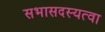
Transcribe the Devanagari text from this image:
सभासदस्यत्वा